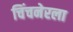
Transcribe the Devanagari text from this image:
चिंचनेरला